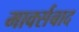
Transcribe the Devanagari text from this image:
मार्क्सबाद